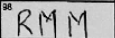
Transcription: RMM